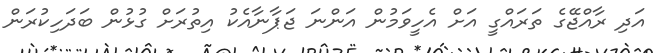
އަދި ރާއްޖޭގެ ތަރައްގީ އަށް އެހީވަމުން އަންނަ ޖަޕާނާއެކު އިތުރަށް ގުޅުން ބަދަހިކުރަން